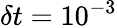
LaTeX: \delta t=10^{-3}